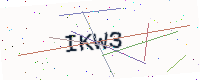
Text: IKW3